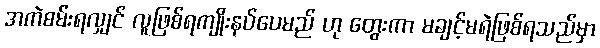
အကဲစမ်းရလျှင် လူဖြစ်ရကျိုးနပ်ပေမည် ဟု တွေးကာ မချင့်မရဲဖြစ်ရသည်မှာ